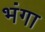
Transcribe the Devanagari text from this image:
भंगा